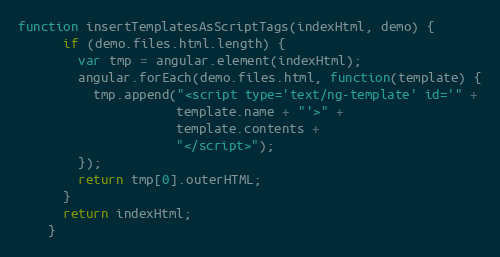
Language: JavaScript
function insertTemplatesAsScriptTags(indexHtml, demo) {
      if (demo.files.html.length) {
        var tmp = angular.element(indexHtml);
        angular.forEach(demo.files.html, function(template) {
          tmp.append("<script type='text/ng-template' id='" +
                     template.name + "'>" +
                     template.contents +
                     "</script>");
        });
        return tmp[0].outerHTML;
      }
      return indexHtml;
    }